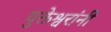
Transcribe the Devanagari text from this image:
युक्तेश्वरांनी